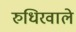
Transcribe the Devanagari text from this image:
रुधिरवाले